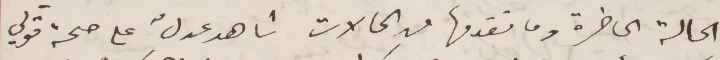
الحالة الحاضرة وما تقدها من الحالات  شاهد عدل على صحة قولي